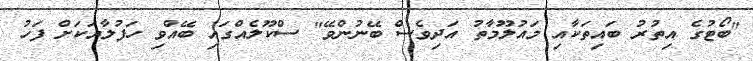
"ބޯޓުގެ އިތުރު ބައިތަކާއި މައުލޫމާތު އަދިވެސް ބޭނުންވޭ" ސްކޫލެއްގައި ބޭއްވި ހަފުލާއަކަށް ފަހު